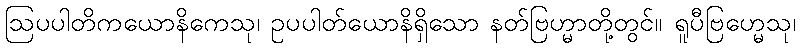
ဩပပါတိကယောနိကေသု၊ ဥပပါတ်ယောနိရှိသော နတ်ဗြဟ္မာတို့တွင်။ ရူပီဗြဟ္မေသု၊